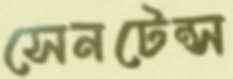
সেনটেন্স